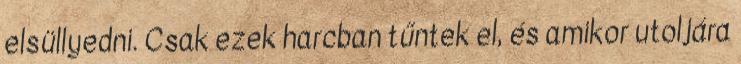
elsüllyedni. Csak ezek harcban tűntek el, és amikor utoljára